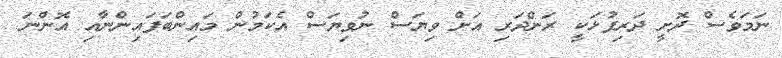
ނަމަވެސް ދޮށީ ދަރިފުޅަކީ ރަންދަރި އަށް ވިޔަސް ނުވިޔަސް އެކަމުން މައިންބަފައިންނާއި އޮންނަ